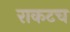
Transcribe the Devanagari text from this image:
राकटच